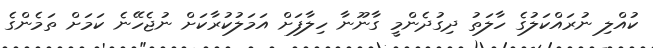
ކުއްލި ނުރައްކަލުގެ ހާލަތު ދިގުދެންމީ ގާނޫނާ ހިލާފަށް އަމަލުކުރާކަށް ނުޖެހޭނެ ކަމަށް ތަމެންގެ